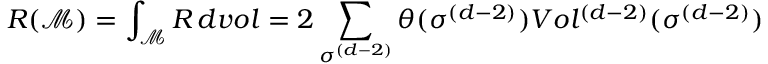
R ( \mathcal { M } ) = \int _ { \mathcal { M } } R \, d v o l = 2 \sum _ { \sigma ^ { ( d - 2 ) } } \theta ( \sigma ^ { ( d - 2 ) } ) V o l ^ { ( d - 2 ) } ( \sigma ^ { ( d - 2 ) } )